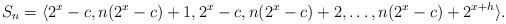
LaTeX: \begin{align*}S_n = \langle 2^x-c,n(2^x-c)+1, 2^x-c,n(2^x-c)+2, \ldots,n(2^x-c)+2^{x+h}\rangle.\end{align*}